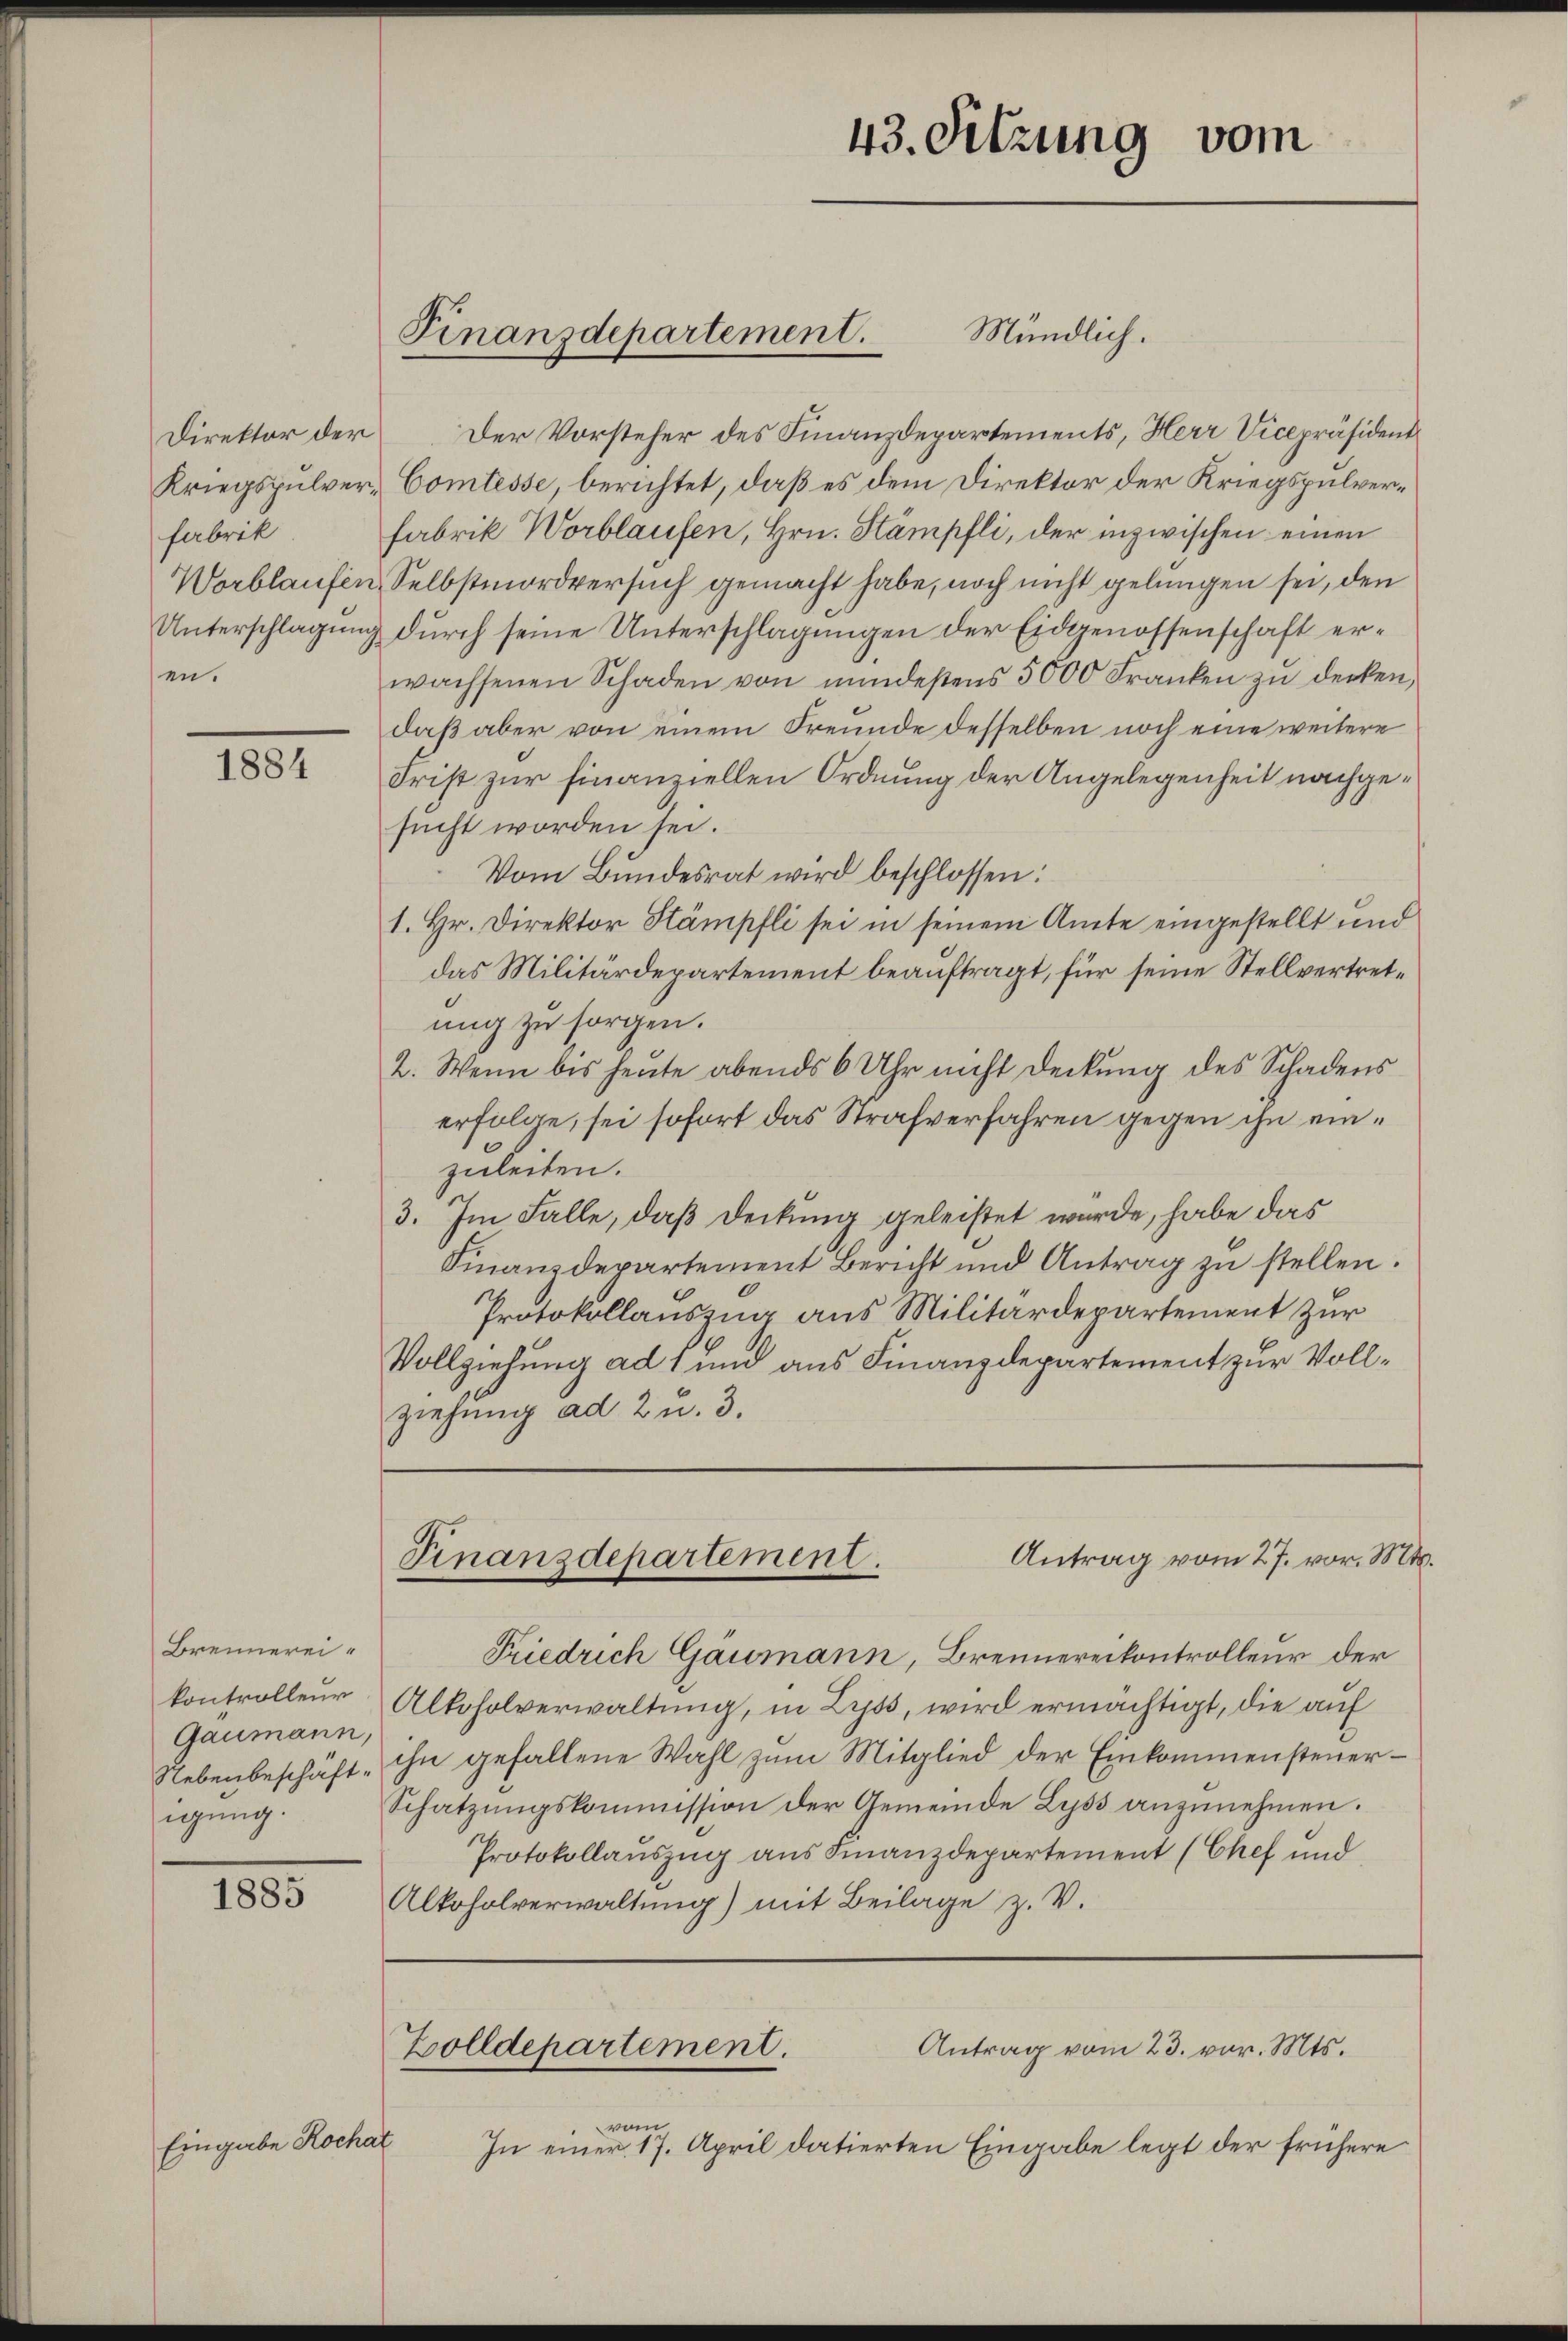
fabrik
Unterschlagung
sen.

1884

Brennerei
kontrolleur
Gaumann,
igung.

1855

Eingabe Kochat

Mündlich.
Direktor der Der Vorsteher des Finanzdepartements, Herr Vicepräsident
Kriegspulver, Comtesse, berichtet, daß es dem Direktor der Kriegspulverfabrik Worblaufen, Hrn. Stämpfli, der inzwischen einen
Worblaufen, Selbstmordversuch gemacht habe, noch nicht gelungen sei, den
durch seine Unterschlagungen der Eidgenossenschaft erwachsenen Schaden von mindestens 5000 Franken zu denken,
daß aber von einem Freunde desselben noch eine weitere
Frist zur finanziellen Ordnung der Angelegenheit nachgesucht worden sei.
Vom Bundesrat wird beschlossen:
1. Hr. Direktor Stämpfli sei in seinem Amte eingestellt und
das Militärdepartement beauftragt, für seine Stellvertretung zu sorgen.
2. Wenn bis heute abends 6 Uhr nicht Deckung des Schadens
erfolge, sei sofort das Strafverfahren gegen ihn einzuleiten.
3. Im Falle, daß Deckung geleistet würde, habe das
Finanzdepartement Bericht und Antrag zu stellen.
Protokollauszug aus Militärdepartement zur
Vollziehung ad f und aus Finanzdepartement zur Vollziehung ad 2 u. 3.

Finanzdepartement.

Friedrich Gaumann, Brennereikontrolleur der
Altoholverwaltung, in Lyss, wird ermächtigt, die auf
Nebenbeschäft ihn gefallene Wahl zum Mitglied der Einkommensteuer¬
Schatzŭngskommission der Gemeinde Lyss anzunehmen.
Protokollauszug aus Finanzdepartement (Chef und
Alkoholverwaltung) mit Beilage z. V.

43. Sitzung vom

Antrag vom 27. vor. Mts.
Finanzdepartement.

Antrag vom 23. vor. Mts.
Zolldepartement.

vom
In einer 17. April datierten Eingabe legt der frühere